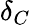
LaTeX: \delta_{C}